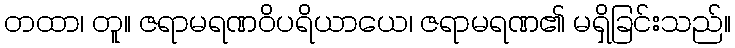
တထာ၊ တူ။ ဇရာမရဏဝိပရိယာယေ၊ ဇရာမရဏ၏ မရှိခြင်းသည်။